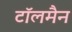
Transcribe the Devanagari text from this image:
टॉलमैन